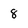
Character: 8